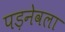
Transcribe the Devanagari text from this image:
पड़नेवला